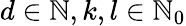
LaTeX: d\in\mathbb{N},k,l\in\mathbb{N}_{0}